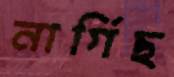
নার্গিছ